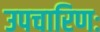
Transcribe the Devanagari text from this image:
उपचारिणः